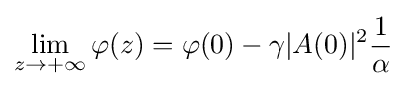
\lim _{z\rightarrow +\infty }\varphi (z)=\varphi (0)-\gamma |A(0)|^{2}{\frac {1}{\alpha }}